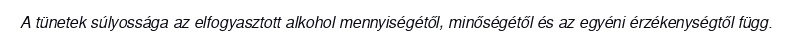
A tünetek súlyossága az elfogyasztott alkohol mennyiségétől, minőségétől és az egyéni érzékenységtől függ.